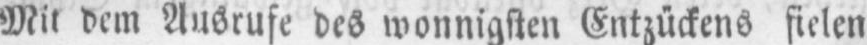
dem Ausrufe des wonnigsten Entzückens fielen